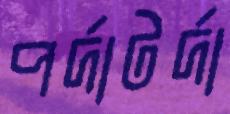
পর্দাটর্দা